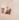
اذا